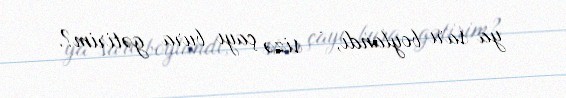
ya sarı boylandı, - sizə çayı bura gətirim?.